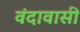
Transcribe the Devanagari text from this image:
वंदावासी